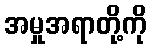
အမှုအရာတို့ကို